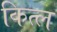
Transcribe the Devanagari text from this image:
कित्ल